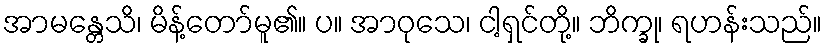
အာမန္တေသိ၊ မိန့်တော်မူ၏။ ပ။ အာဝုသေ၊ ငါ့ရှင်တို့။ ဘိက္ခု၊ ရဟန်းသည်။